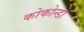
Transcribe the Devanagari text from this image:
कोकोन्डो